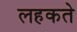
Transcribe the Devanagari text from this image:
लहकते